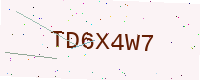
Text: TD6X4W7